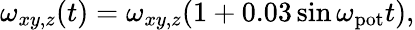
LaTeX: \omega_{xy,z}(t)=\omega_{xy,z}(1+0.03\sin\omega_{\mathrm{pot}}t),